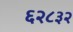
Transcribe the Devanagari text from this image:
६२८३२